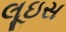
લૂઇસ